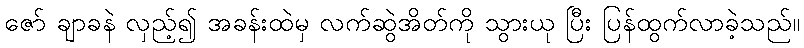
ဇော် ချာခနဲ လှည့်၍ အခန်းထဲမှ လက်ဆွဲအိတ်ကို သွားယု ပြီး ပြန်ထွက်လာခဲ့သည်။